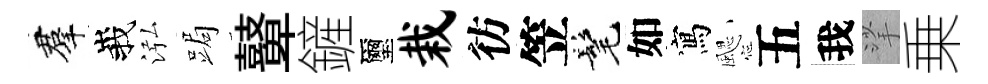
羣峩泓跼鼙鏟璽栽彷笠髦如寫颸五我挲乗